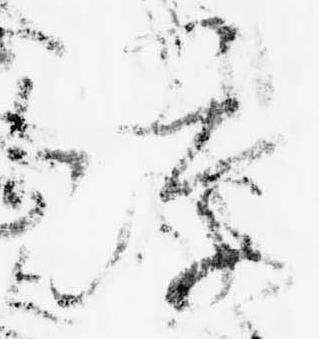
凉